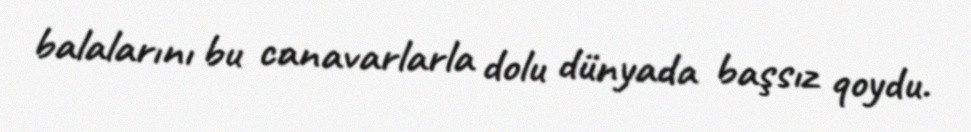
balalarını bu canavarlarla dolu dünyada başsız qoydu.